Rangoon Lunatic Asylum 1893-1897 - 1893-1897
Year: 1893
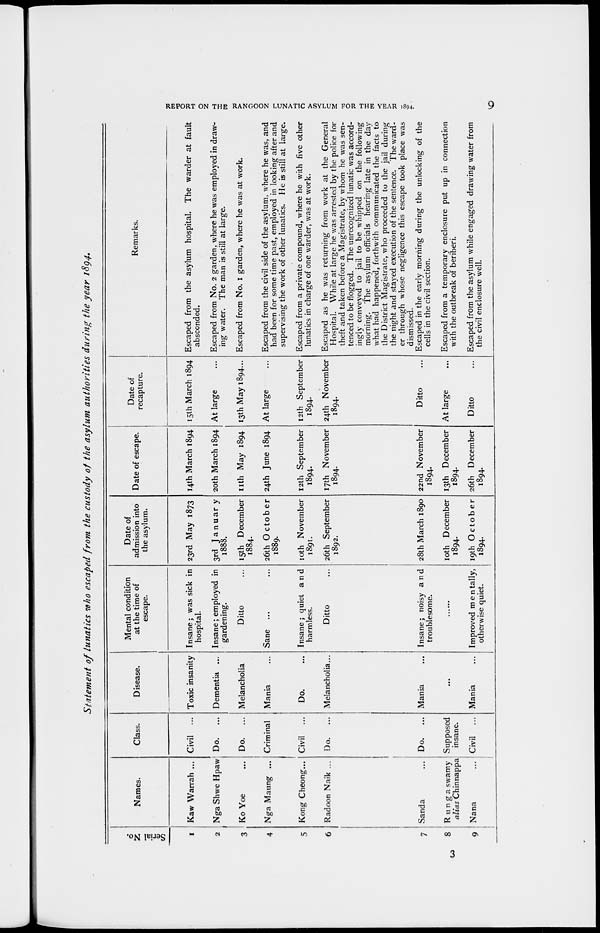
REPORT ON THE RANGOON LUNATIC ASYLUM FOR THE YEAR 1894.
9
Statement of lunatics who escaped from the custody of the asylum authorities during the year 1894.
Serial No.
1
2
3
4
5
6
7
8
9
Names.
Kaw Warrah ...
Nga Shwe Hpaw
Ko Yœ ...
Nga Maung ...
Kong Cheong...
Radoon Naik ...
Sanda ...
Runga swamy
alias Chinnappa
Nana
...
Class.
Civil ...
Do.
...
Do.
...
Criminal
Civil ...
Do.
...
Do.
...
Supposed
insane.
Civil ...
Disease.
Toxic insanity
Dementia ...
Melancholia
Mania ...
Do. ...
Melancholia...
Mania ...
...
Mania ...
Mental condition
at the time of
escape.
Insane; was sick in
hospital.
Insane; employed in
gardening.
Ditto ...
Sane ...
Insane; quiet and
harmless.
Ditto
Insane; noisy and
troublesome.
......
Improved mentally,
otherwise quiet.
Date of
admission into
the asylum.
23rd May 1873
3rd January
1888.
15th December
1884.
26th
October
1889.
10th November
1891.
26th September
1892.
28th March 1890
10th December
1894.
19th October
1894.
Date of escape.
14th March 1894
20th March 1894
11th May 1894
24th June 1894
12th September
1894.
17th November
1894.
22nd November
1894.
13th December
1894.
26th December
1894.
Date of
recapture.
15th March 1894
At large ...
13th May 1894...
At large ...
12th September
1894.
24th November
1894.
Ditto ...
At large ...
Ditto ...
Remarks.
Escaped from the asylum hospital. The warder at fault
absconded.
Escaped from No. 2 garden, where he was employed in draw-
ing water. The man is still at large.
Escaped from No. 1 garden, where he was at work.
Escaped from the civil side of the asylum, where he was, and
had been for some time past, employed in looking after and
supervising the work of other lunatics. He is still at large.
Escaped from a private compound, where he with five other
lunatics in charge of one warder, was at work.
Escaped as he was returning from work at the General
Hospital. While at large he was arrested by the police for
theft and taken before a Magistrate, by whom he was sen-
tenced to be flogged. The unrecognized lunatic was accord-
ingly conveyed to jail to be whipped on the following
morning. The asylum officials hearing late in the day
what had happened, forthwith communicated the facts to
the District Magistrate, who proceeded to the jail during
the night and stayed execution of the sentence. The ward-
er through whose negligence this escape took place was
dismissed.
Escaped in the early morning during the unlocking of the
cells in the civil section.
Escaped from a temporary enclosure put up in connection
with the outbreak of beriberi.
Escaped from the asylum while engaged drawing water from
the civil enclosure well.
3